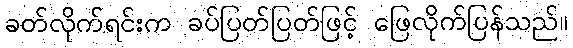
ခတ်လိုက်ရင်းက ခပ်ပြတ်ပြတ်ဖြင့် ဖြေလိုက်ပြန်သည်။